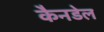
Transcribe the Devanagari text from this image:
कैनडेल